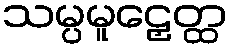
သမ္ပမူဠှေတ္ထ